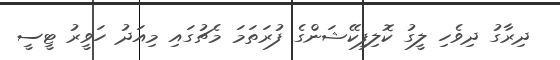
ދިރާގު ދިވެހި ލީގު ކޮލިފިކޭޝަންގެ ފުރަތަމަ މެޗުގައި މިއަދު ހަވީރު ޓީސީ